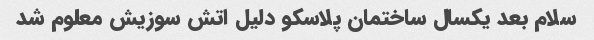
سلام بعد یکسال ساختمان پلاسکو دلیل اتش سوزیش معلوم شد